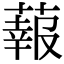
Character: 蕔